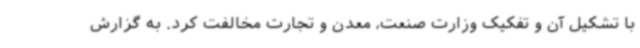
با تشکیل آن و تفکیک وزارت صنعت، معدن و تجارت مخالفت کرد. به گزارش